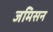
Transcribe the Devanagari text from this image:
जमिसन